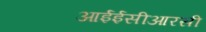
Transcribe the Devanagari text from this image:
आईईसीआरसी